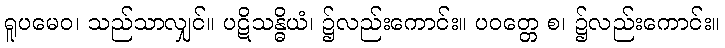
ရူပမေဝ၊ သည်သာလျှင်။ ပဋိသန္ဓိယံ၊ ၌လည်းကောင်း။ ပဝတ္တေ စ၊ ၌လည်းကောင်း။